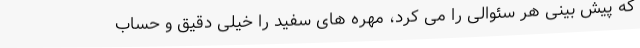
که پیش بینی هر سئوالی را می کرد، مهره های سفید را خیلی دقیق و حساب